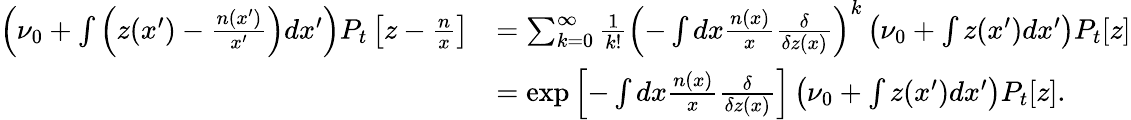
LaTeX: \begin{array}{rl}{\left(\nu_{0}+\int\left(z(x^{\prime})-\frac{n(x^{\prime})}{x^{\prime}}\right)dx^{\prime}\right)P_{t}\left[z-\frac{n}{x}\right]}&{=\sum_{k=0}^{\infty}\frac{1}{k!}\left(-\int dx\frac{n(x)}{x}\frac{\delta}{\delta z(x)}\right)^{k}\left(\nu_{0}+\int z(x^{\prime})dx^{\prime}\right)P_{t}[z]}\\ &{=\exp\left[-\int dx\frac{n(x)}{x}\frac{\delta}{\delta z(x)}\right]\left(\nu_{0}+\int z(x^{\prime})dx^{\prime}\right)P_{t}[z].}\end{array}